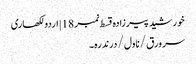
خورشید پیرزادہ قسط نمبر 18 | اردو لکھاری
سر ورق / ناول / درندرہ۔